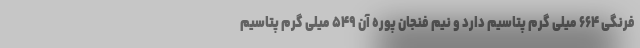
فرنگی ۶۶۴ میلی گرم پتاسیم دارد و نیم فنجان پوره آن ۵۴۹ میلی گرم پتاسیم